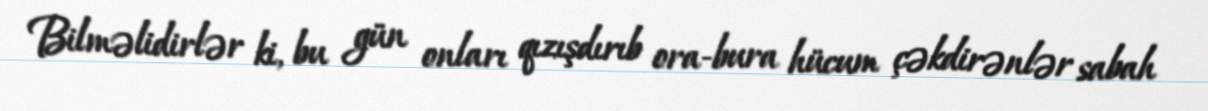
Bilməlidirlər ki, bu gün onları qızışdırıb ora-bura hücum çəkdirənlər sabah